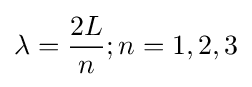
\lambda ={\frac {2L}{n}};n=1,2,3